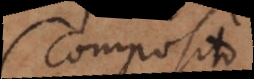
(composito